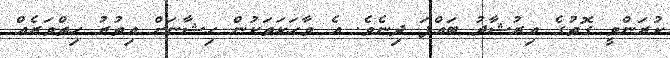
ކުރަންވީ ގޮތުގެ އިރުޝާދު ބައްޕަ ދިނެވެ. އެ ވާހަކަތަކުން ހިޝާނަށް އިތުރު ހިތްވަރެއް